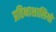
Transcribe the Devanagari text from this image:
प्रतिभाशालियों